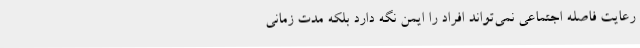
رعایت فاصله اجتماعی نمی‌تواند افراد را ایمن نگه دارد بلکه مدت زمانی